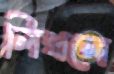
লিখলে